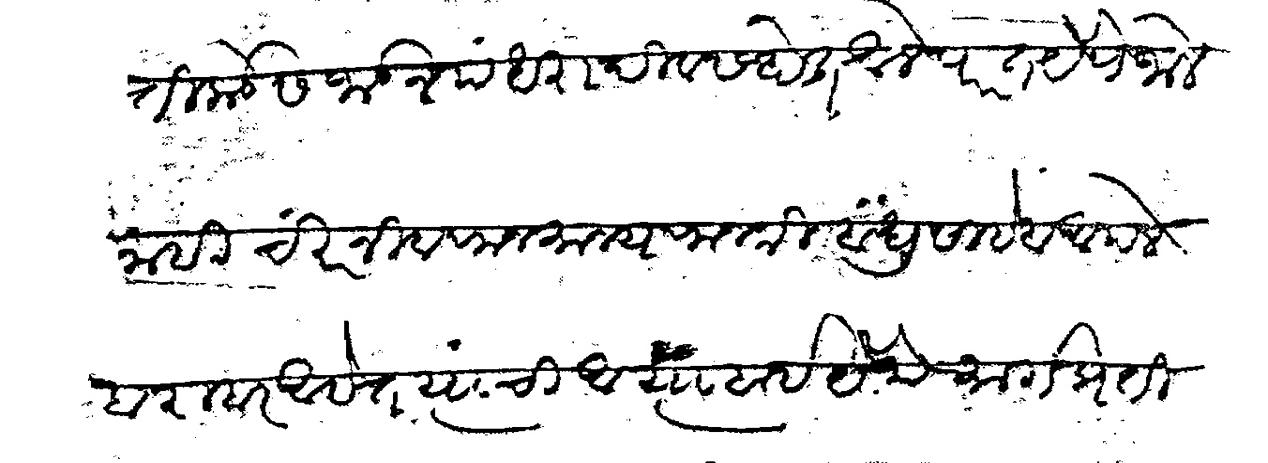
Transliteration (Devanagari): तिकडेस जाऊन पंधरा दिवस होत आले परत येणे जाले नाही चिरंजीव राजमान्य राजश्री बंधुसाहेब आपले बराबर आहेत त्यांची आत्याबाई येथे मार्गप्रतीक्षा